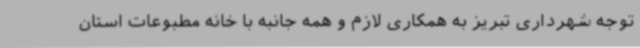
توجه شهرداری تبریز به همکاری‌ لازم و همه جانبه با خانه مطبوعات استان